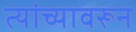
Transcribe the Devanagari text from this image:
त्यांच्यावरून